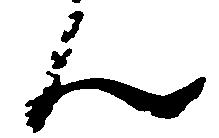
ん